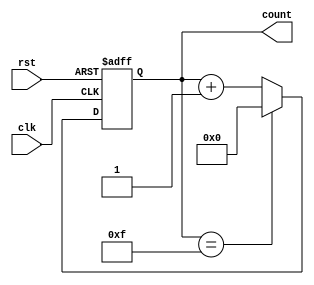
module counter (
    input wire clk,
    input wire rst,
    output reg [3:0] count
  );

  parameter COUNTER_WIDTH = 4;

  always @(posedge clk or posedge rst) begin
    if (rst) begin
      count <= 4'b0000;
    end else begin
      if (count == (2 ** COUNTER_WIDTH) - 1) begin
        count <= 4'b0000;
      end else begin
        count <= count + 1;
      end
    end
  end
  
endmodule